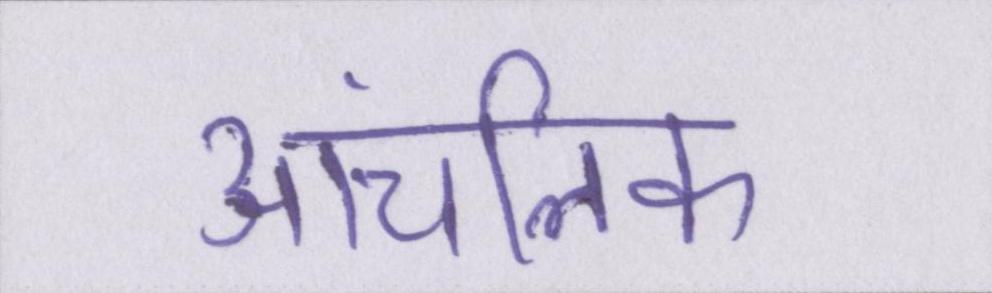
आंचलिक